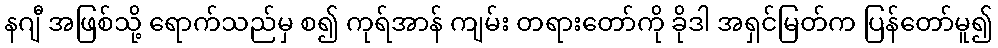
နဂျီ အဖြစ်သို့ ရောက်သည်မှ စ၍ ကုရ်အာန် ကျမ်း တရားတော်ကို ခိုဒါ အရှင်မြတ်က ပြန်တော်မူ၍